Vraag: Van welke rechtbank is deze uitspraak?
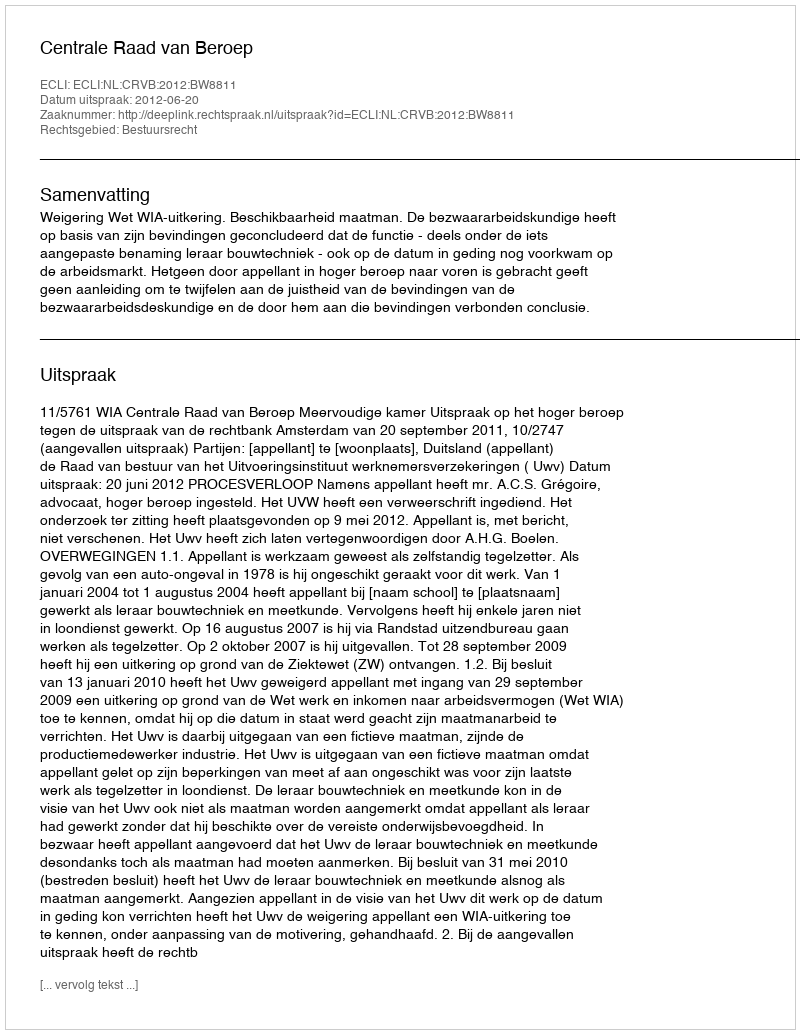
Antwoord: Centrale Raad van Beroep